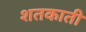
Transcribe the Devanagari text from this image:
शतकाती